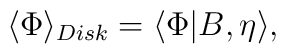
\langle \Phi \rangle_{Disk} = \langle \Phi|B, \eta\rangle,